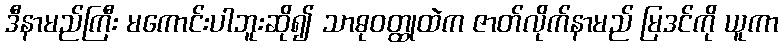
ဒီနာမည်ကြီး မကောင်းပါဘူးဆို၍ သာဓုဝတ္ထုထဲက ဇာတ်လိုက်နာမည် မြဒင်ကို ယူကာ